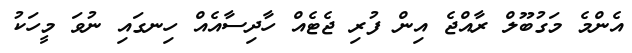
އެންމެ މަގުބޫލް ރާއްޖެ އިން ފުރި ޖެޓެއް ހާދިސާއެއް ހިނގައި ނުވަ މީހަކު